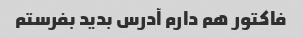
فاکتور هم دارم آدرس بدید بفرستم